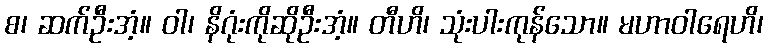
စ၊ ဆက်ဦးအံ့။ ဝါ၊ နိဂုံးကိုဆိုဦးအံ့။ တီဟိ၊ သုံးပါးကုန်သော။ မဟာဝါရေဟိ၊